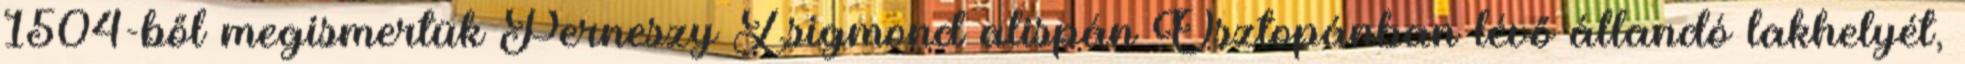
1504-ből megismertük Perneszy Zsigmond alispán Osztopánban lévő állandó lakhelyét,